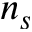
n _ { s }